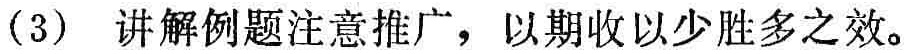
(3) 讲解例题注意推广，以期收以少胜多之效。